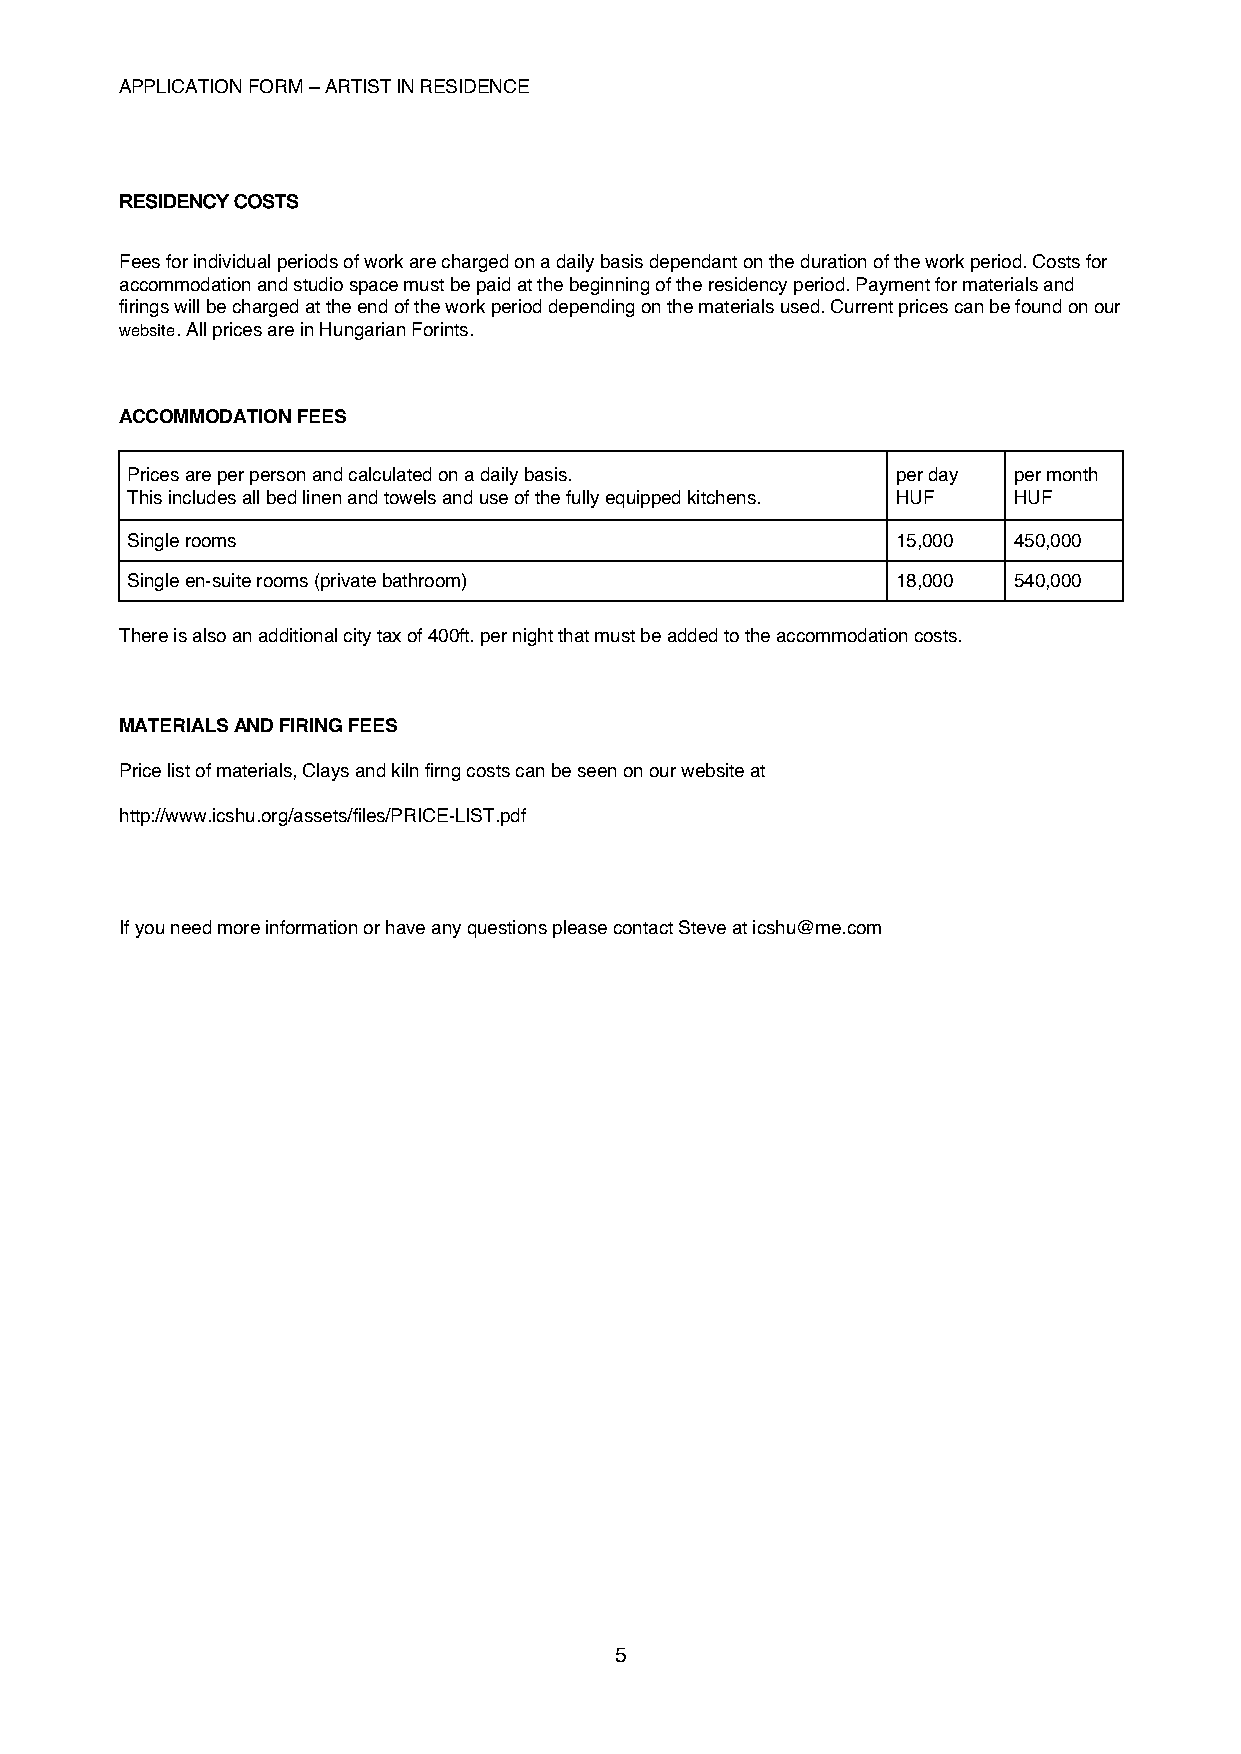
APPLICATION FORM – ARTIST IN RESIDENCE
 !
 !
 "#$%&#’()!(*$+$!
 !
 Fees for individual periods of work are charged on a daily basis dependant on the duration of the work period. Costs for
 accommodation and studio space must be paid at the beginning of the residency period. Payment for materials and
 firings will be charged at the end of the work period depending on the materials used. Current prices can be found on our
 website. All prices are in Hungarian Forints.
 !
 !
 ACCOMMODATION FEES
 Prices are per person and calculated on a daily basis. per day per month
 This includes all bed linen and towels and use of the fully equipped kitchens. HUF HUF
 Single rooms                                       15,000  450,000
 Single en-suite rooms (private bathroom)           18,000  540,000
 There is also an additional city tax of 400ft. per night that must be added to the accommodation costs.
 MATERIALS AND FIRING FEES
 Price list of materials, Clays and kiln firng costs can be seen on our website at
 http://www.icshu.org/assets/files/PRICE-LIST.pdf
 If you need more information or have any questions please contact Steve at icshu@me.com
 5